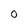
Character: 0